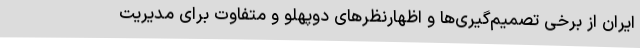
ایران از برخی تصمیم‌گیری‌ها و اظهارنظرهای دوپهلو و متفاوت برای مدیریت